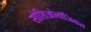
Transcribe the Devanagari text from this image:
सोशिओलॉजिकल